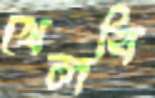
খেলবি